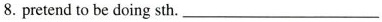
8. pretend to be doing sth. ___